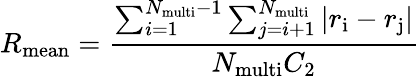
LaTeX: {R_{\mathrm{mean}}}={\frac{\sum_{i=1}^{{N_{\mathrm{multi}}}-1}\sum_{j=i+1}^{N_{\mathrm{multi}}}|{r_{\mathrm{i}}}-{r_{\mathrm{j}}}|}{{N_{\mathrm{multi}}}{C_{\mathrm{2}}}}}